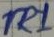
Text: TR1